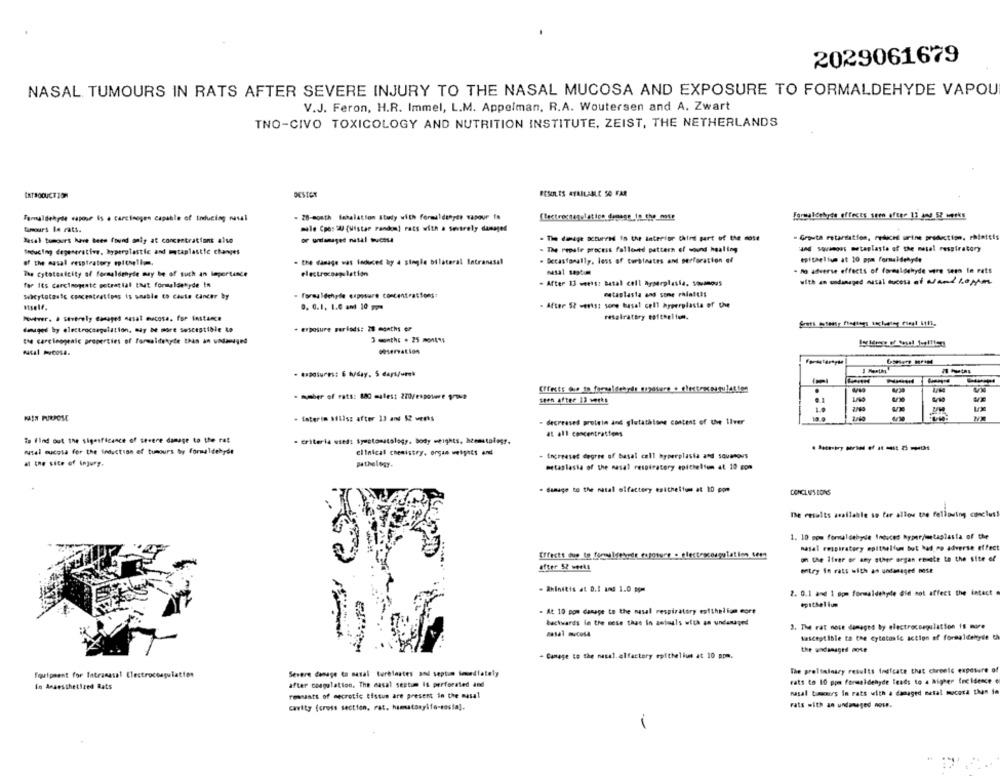
2029061679
NASAL TUMOURS IN RATS AFTER SEVERE INJURY TO THE NASAL MUCOSA AND EXPOSURE TO FORMALDEHYDE VAPOU
V.J. Feron, H.R. Immel, L.M. Appelman, R.A. Woutersen and A. Zwart
TNO-CIVO TOXICOLOGY AND NUTRITION INSTITUTE, ZEIST, THE NETHERLANDS
INTRODUCTION
RESULTS AVAILABLE 50 FAR
Formaldehyde capour is a carcinogen capable of Inducing resal
- 28-month inhalation Study with formildenyde wapour fo
Electrosnatelatics demegs In the_00ft
Formaldehyde effects seen after 13 and 53 weeks
Sunours le rats.
mile Cpe: "U (Wistae randen) rats with a severely damaged
Basal tumours have been found only at concentrations also
or urlamaged natal mucosa
- The damage occurred in the Interior Chini part of the most
- Growth retardation, reduce urine production, rhinitis
. The repair process followed pattern of sound healing
and somoas metaslaste of the metal respiratory
Seducing degenerative, hyperplastic and metaplastic changes
of the masal respiratory epichellom.
- the damage was Induced by a single bilateral Intranasal
- Decastorally, loss of turbiaates and perforation of
epithelium at 10 ppm formaldehyde
nasal soptim
- no adverse effects of formaldehyde were seen in rats
The Cytotoxicity of formaldehyde may be of such an importance
electrocoagulation
for its carcinogenic potratial that formaldehyde In
- After 13 weeks: Betal cell hyperplasia, squamous
wicytotaalc concentratipas is unable to caste Cancer by
- formaldehyde exposure concentrations:
nataslasta and some rhla !!!
stoel.
0. 0.1, 1.0 and 10 pm-
- After 52 verts: sone basal cell hyperplasia of the
Poviver. a severely canaged nasal mucosa. for instance
respiratory epithelium.
. exposure periods: 28 months or
damaged by electrocangulation, may be more susceptible to
the carcinogenic properties of formaldehyde than an undamaged
3 month: . 25 montes
(ffest: die to formaldehyde espotere_
- number of rats: 880 males: 270/espovere VD
VE
seen after 13 werks
UM
. interim Millss after 13 and 52 werts
- decreased protein and glutatatone content of the liver
at all concentrations
To find out the sigerficance of severe damage to the rat
- criteria used: Symptomstology, body weights, heemstalagr.
rusel mucosa for the Induction of tumours by formaldehyde
clinical chemistry, organ weights and
- Increaset degree of basal cell hyperplasia and squamous
at the site of injury.
pathology.
metaplasia of the masal respiratory epithelium at 10 com
. damage to the natal olfactory esttheitem at 10 ppm
CONCLUPS CONS
The results available so far allow the following conclus!
1. 10 mom formaldehyde Induced hyperjetaplasta of the
natal respiratory epithelium but had ro adverse effect
Effectt due to formaldehyde fapotere . electr
on the ifree or any other organ rosate to the site el
after 52 weeks
entry in rats with an undanaged nese
- Rhinitis at D.I and 1.0 pom
2. 0.1 and 1 opn formaldehyle Gle not affect the intact
. At 10 pom damage to the nasal respiratory estthelion more
backwards la the mese thus in anteals with an undamaged
3. The rat more damaged by electrocsegulation is more
Susceptible to the cytotoxic action of formaldehyde th
- Camage to the nasal. olfactory epithelium at 10 ppm.
Equipment for Tatramasal Electrocoagulation
Severe damage ta natal terèlnates and septum immediately
The preliminary results Indicate that chronic exposure of
after coagulation. The casal sestum is perforated and
rats to 10 ppm formaldehyde leads to a higher freidence e
In Anaesthetized Rats
nasal tuocars in rats with a damaged metal mocora than Se
ressants of necrotic tissus are present in the musal
cavity (cross section, rat, hamatosyife-sasin].
rats with an undanaged nost.